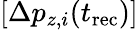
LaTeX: [\Delta p_{z,i}(t_{\mathrm{rec}})]